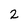
Character: 2